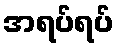
အရပ်ရပ်